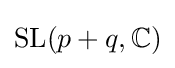
\mathrm {SL} (p+q,\mathbb {C} )